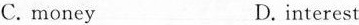
C. money D. interest